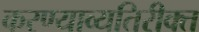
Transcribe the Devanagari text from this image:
करण्याव्यतिरीक्त